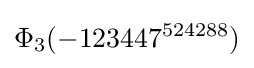
\Phi _{3}(-123447^{524288})